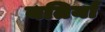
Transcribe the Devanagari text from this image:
बतियाँ